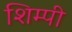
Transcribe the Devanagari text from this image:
शिम्पी